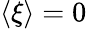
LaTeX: \langle\xi\rangle=0